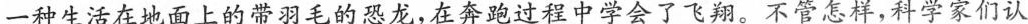
一种生活在地面上的带羽毛的恐龙，在奔跑过程中学会了飞翔。不管怎样，科学家们认